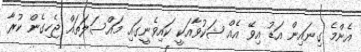
އެންމެ ގިނައިން އަޑު އިވޭ އެއް ޝަކުވާއަކީ ކައިވެނީގައި މައްސަލަތައް ޖެހިގެން ކުރާ